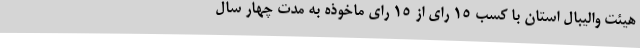
هیئت والیبال استان با کسب 15 رای از 15 رای ماخوذه به مدت چهار سال